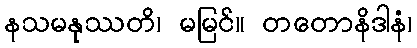
နသမနုဿတိ၊ မမြင်။ တတောနိဒါနံ၊